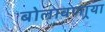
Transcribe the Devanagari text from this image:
बोलावणार्‍या